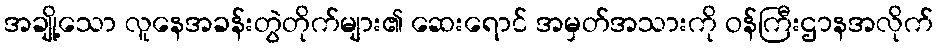
အချို့သော လူနေအခန်းတွဲတိုက်များ၏ ဆေးရောင် အမှတ်အသားကို ဝန်ကြီးဌာနအလိုက်